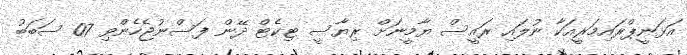
އަޅަނީޕްރައިމަރީއަކާ ނުލައި ރައީސް ޔާމީނަށް ރިޔާސީ ޓިކެޓް ދޭން ފަސްނުޖެހެންވި 07 ސަބަބު